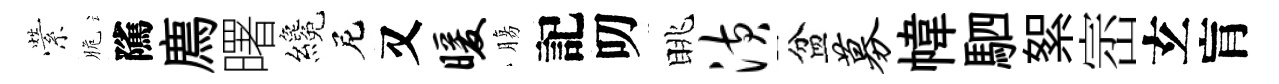
縈脆隲廌曙纔尼又暖膓記叨眺潢盆募幃駟絮崈𤣥肓